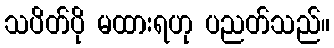
သပိတ်ပို မထားရဟု ပညတ်သည်။